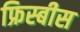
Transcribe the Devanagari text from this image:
फ्रिस्बीस